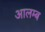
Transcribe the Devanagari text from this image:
आलम्ब